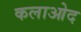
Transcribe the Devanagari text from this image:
कलाओद